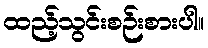
ထည့်သွင်းစဉ်းစားပါ။